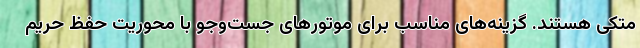
متکی هستند. گزینه‌های مناسب برای موتورهای‌ جست‌وجو با محوریت حفظ حریم